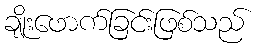
ချိုးဖောက်ခြင်းဖြစ်သည်